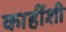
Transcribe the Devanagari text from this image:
काहींशी